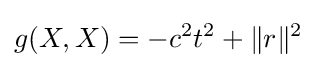
g(X,X)=-c^{2}t^{2}+\|r\|^{2}